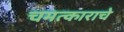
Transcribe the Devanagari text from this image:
चमत्काराचे